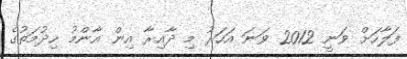
ފަލާހަށް ވަނީ 2012 ވަނަ އަހަރު މި ދާއިރާ އިން އާންމު ހިދުމަތުގެ